Lunatic asylums Central Provinces reports 1874-1885 - 1874-1885
Year: 1874
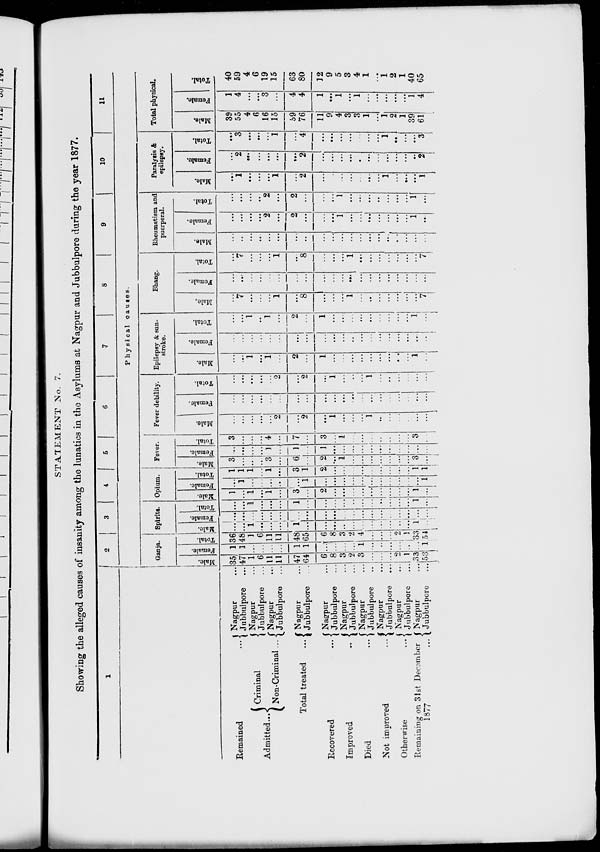
STATEMENT No. 7.
Showing the alleged causes of insanity among the lunatics in the Asylums at Nagpur and Jubbulpore during the year 1877.
1
Remained ...
Admitted ...
Criminal
Non-Criminal ...
Total treated ...
Recovered ...
Improved ...
Died ...
Not improved ...
Otherwise ...
Remaining on 31st December
1877 ...
Nagpur ...
Jubbulpore ...
Nagpur ...
Jubbulpore ...
Nagpur ...
Jubbulpore ...
Nagpur ...
Jubbulpore
...
Nagpur ...
Jubbulpore ...
Nagpur ...
Jubbulpore ...
Nagpur ...
Jubbulpore ...
Nagpur ...
Jubbulpore ...
Nagpur ...
Jubbulpore ...
Nagpur ...
Jubbulpore ...
2
3
4
5
6
7
8
9
10
11
Physical causes
Ganja.
Male.
35
47
1
6
11
11
47
64
6
8
3
2
3
...
...
...
2
1
33
53
Female.
1
1
...
...
...
...
1
1
...
...
...
...
1
...
...
...
...
...
...
1
Total.
36
48
1
6
11
11
48
65
6
8
3
2
4
...
...
...
2
1
33
54
Spirits.
Male.
...
...
1
...
...
...
1
...
...
...
...
...
...
...
...
...
...
...
1
...
Female.
...
...
...
...
...
...
...
...
...
...
...
...
...
...
...
...
...
...
...
...
Total.
...
...
1
...
...
...
1
...
...
...
...
...
...
...
...
...
...
...
1
...
Opium.
Male.
1
...
1
...
1
...
3
...
2
...
...
...
...
...
...
...
...
...
1
...
Female.
...
1
...
...
...
...
...
1
...
...
...
...
...
...
...
...
...
...
...
1
Total.
1
1
1
...
1
...
3
1
2
...
...
...
...
...
...
...
...
...
1
1
Fever.
Male.
3
...
...
...
3
...
6
...
2
...
1
...
...
...
...
...
...
...
3
...
Female.
...
...
...
...
1
...
1
...
1
...
...
...
...
...
...
...
...
...
...
...
Total.
3
...
...
...
4
...
7
...
3
...
1
...
...
...
...
...
...
...
3
...
Fever debility.
Male.
...
...
...
...
...
2
...
2
...
1
...
...
...
1
...
...
...
...
...
...
Female.
...
...
...
...
...
...
...
...
...
...
...
...
...
...
...
...
...
...
...
...
Total.
...
...
...
...
...
2
...
2
...
1
...
...
...
1
...
...
...
...
...
...
Epilepsy & sun-
stroke.
Male.
...
...
1
...
1
...
2
...
1
...
...
...
...
...
...
...
...
...
1
...
Female.
...
...
...
...
...
...
...
...
...
...
...
...
...
...
...
...
...
...
...
...
Total.
...
...
1
...
1
...
2
...
1
...
...
...
...
...
...
...
...
...
1
...
Bhang.
Male.
...
7
...
...
...
1
...
8
...
...
...
1
...
...
...
...
...
...
...
7
Female.
...
...
...
...
...
...
...
...
...
...
...
...
...
...
...
...
...
...
...
...
Total.
...
7
...
...
...
1
...
8
...
...
...
1
...
...
...
...
...
...
...
7
Rheumatism and
puerperal.
Male.
...
...
...
...
...
...
...
...
...
...
...
...
...
...
...
...
...
...
...
...
Female.
...
...
...
...
2
...
2
...
...
...
1
...
...
...
...
...
...
...
1
...
Total.
...
...
...
...
2
...
2
...
...
...
1
...
...
...
...
...
...
...
1
...
Paralysis &
epilepsy.
Male.
...
1
...
...
... 1
...
2
...
...
...
...
...
...
...
1
...
...
...
1
Female.
...
2
...
...
...
...
...
2
...
...
...
...
...
...
...
...
...
...
...
2
Total.
...
3
...
...
...
1
...
4
...
...
...
...
...
...
...
1
...
...
...
3
Total physical.
Male.
39
55
4
6
16
15
59
76
11
9
4
3
3
1
...
1
2
1
39
61
Female.
1
4
...
...
3
...
4
4
1
...
1
...
1
...
...
...
...
...
1
4
Total.
40
59
4
6
19
15
63
80
12
9
5
3
4
1
...
1
2
1
40
65